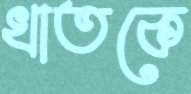
খাতকে